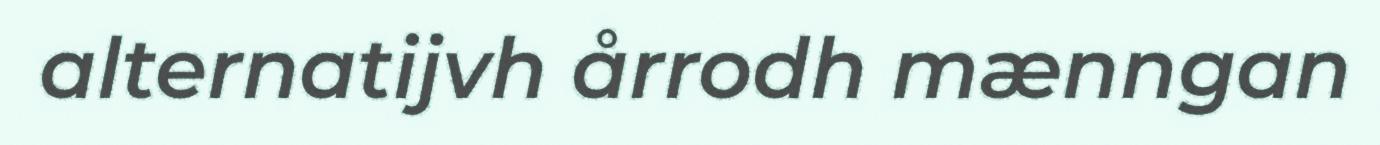
alternatijvh årrodh mænngan